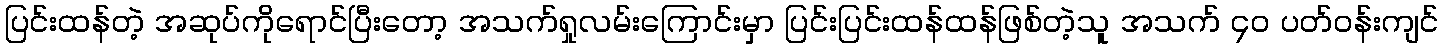
ပြင်းထန်တဲ့ အဆုပ်ကိုရောင်ပြီးတော့ အသက်ရှုလမ်းကြောင်းမှာ ပြင်းပြင်းထန်ထန်ဖြစ်တဲ့သူ အသက် ၄၀ ပတ်ဝန်းကျင်